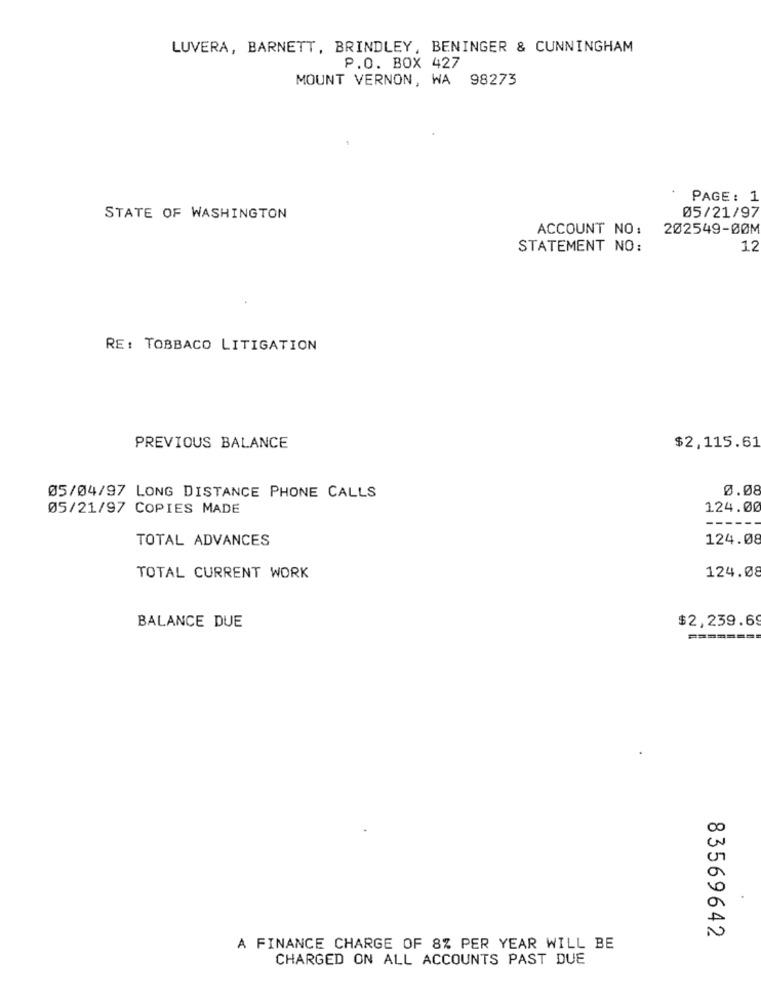
LUVERA, BARNETT, BRINDLEY, BENINGER & CUNNINGHAM
P.O. BOX 427
MOUNT VERNON, WA 98273
PAGE: 1
05/21/97
STATE OF WASHINGTON
ACCOUNT NO :
202549-00M
STATEMENT NO:
12
RE: TOBBACO LITIGATION
$2,115.61
PREVIOUS BALANCE
0.08
05/04/97 LONG DISTANCE PHONE CALLS
05/21/97 COPIES MADE
124.00
TOTAL ADVANCES
124.08
124.08
TOTAL CURRENT WORK
$2,239.6
BALANCE DUE
=======
83569642
A FINANCE CHARGE OF 8% PER YEAR WILL BE
CHARGED ON ALL ACCOUNTS PAST DUE